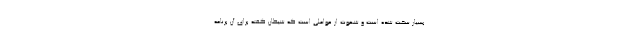
بسیار سخت شده است و شهوت از عواملی است که شیطان گفته برای آن برنامه